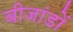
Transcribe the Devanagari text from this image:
बीजांडों